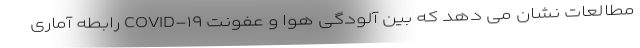
مطالعات نشان می دهد که بین آلودگی هوا و عفونت COVID-۱۹ رابطه آماری